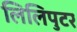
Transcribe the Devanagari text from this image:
लिलिपुटर